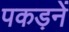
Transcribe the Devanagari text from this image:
पकड़नें